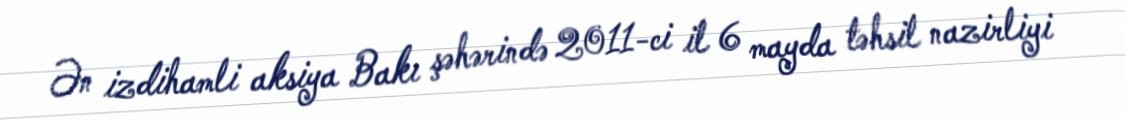
Ən izdihamli aksiya Bakı şəhərində 2011-ci il 6 mayda təhsil nazirliyi